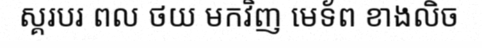
ស្គរបរ ពល ថយ មកវិញ មេទ័ព ខាងលិច